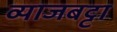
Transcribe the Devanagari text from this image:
व्याजबट्टा